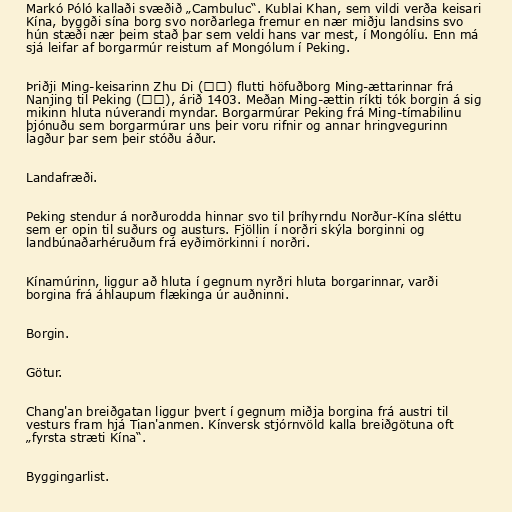
Markó Póló kallaði svæðið „Cambuluc“. Kublai Khan, sem vildi verða keisari
Kína, byggði sína borg svo norðarlega fremur en nær miðju landsins svo
hún stæði nær þeim stað þar sem veldi hans var mest, í Mongólíu. Enn má
sjá leifar af borgarmúr reistum af Mongólum í Peking.

Þriðji Ming-keisarinn Zhu Di (朱棣) flutti höfuðborg Ming-ættarinnar frá
Nanjing til Peking (北京), árið 1403. Meðan Ming-ættin ríkti tók borgin á sig
mikinn hluta núverandi myndar. Borgarmúrar Peking frá Ming-tímabilinu
þjónuðu sem borgarmúrar uns þeir voru rifnir og annar hringvegurinn
lagður þar sem þeir stóðu áður.

Landafræði.

Peking stendur á norðurodda hinnar svo til þríhyrndu Norður-Kína sléttu
sem er opin til suðurs og austurs. Fjöllin í norðri skýla borginni og
landbúnaðarhéruðum frá eyðimörkinni í norðri.

Kínamúrinn, liggur að hluta í gegnum nyrðri hluta borgarinnar, varði
borgina frá áhlaupum flækinga úr auðninni.

Borgin.

Götur.

Chang'an breiðgatan liggur þvert í gegnum miðja borgina frá austri til
vesturs fram hjá Tian'anmen. Kínversk stjórnvöld kalla breiðgötuna oft
„fyrsta stræti Kína“.

Byggingarlist.